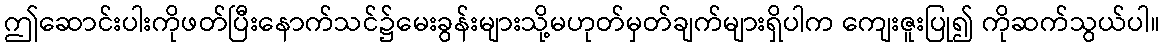
ဤဆောင်းပါးကိုဖတ်ပြီးနောက်သင်၌မေးခွန်းများသို့မဟုတ်မှတ်ချက်များရှိပါက ကျေးဇူးပြု၍ ကိုဆက်သွယ်ပါ။